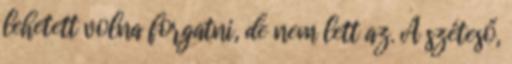
lehetett volna forgatni, de nem lett az. A széteső,